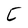
Character: C